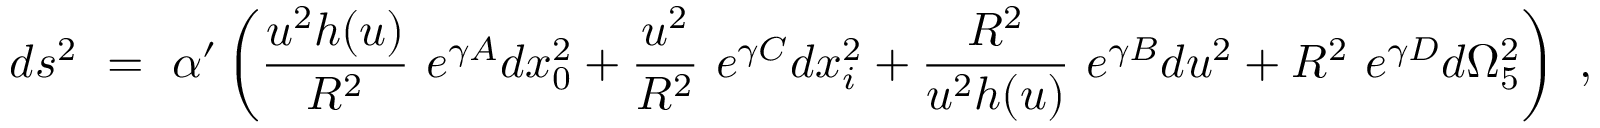
d s ^ { 2 } ~ = ~ \alpha ^ { \prime } \left( \frac { u ^ { 2 } h ( u ) } { R ^ { 2 } } ~ e ^ { \gamma A } d x _ { 0 } ^ { 2 } + \frac { u ^ { 2 } } { R ^ { 2 } } ~ e ^ { \gamma C } d x _ { i } ^ { 2 } + \frac { R ^ { 2 } } { u ^ { 2 } h ( u ) } ~ e ^ { \gamma B } d u ^ { 2 } + R ^ { 2 } ~ e ^ { \gamma D } d \Omega _ { 5 } ^ { 2 } \right) ~ ,